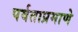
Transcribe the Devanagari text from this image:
पर्वताप्रमाणे